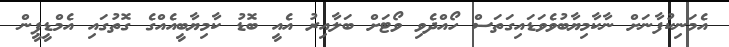
އެމަނިކުފާނަށް ނާކާމިޔާބުވެވަޑައިގަތަސް ހޯއްދެވި ވޯޓަށް ބަލާއިރު އެއީ ބޮޑު ކާމިޔާބީއެއްގެ ގޮތުގައި އެމްޑީޕީން